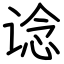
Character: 谂